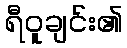
ရီဝူချင်း၏